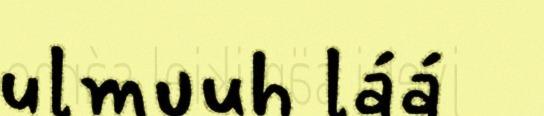
ulmuuh láá